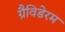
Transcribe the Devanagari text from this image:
ग्रैविडेरम